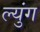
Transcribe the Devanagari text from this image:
ल्युंग